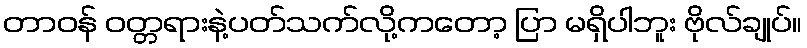
တာဝန် ဝတ္တရားနဲ့ပတ်သက်လို့ကတော့ ပြာ မရှိပါဘူး ဗိုလ်ချုပ်။